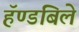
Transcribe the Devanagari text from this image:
हॅण्डबिले